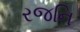
રજનિ